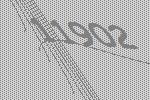
11902